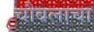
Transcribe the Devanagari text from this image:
चौबलाचा